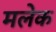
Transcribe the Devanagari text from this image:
मलेक